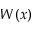
W ( x )